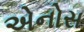
એનોસ